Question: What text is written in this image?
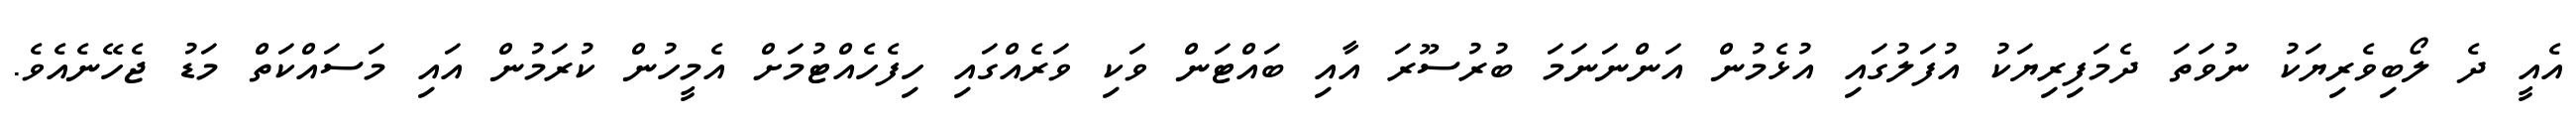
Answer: އެއީ ދެ ލޯބިވެރިޔަކު ނުވަތަ ދެމަފިރިޔަކު އުފަލުގައި އުޅެމުން އަންނަނަމަ ބުރުސޫރަ އާއި ބައްޓަން ވަކި ވަރެއްގައި ހިފެހެއްޓުމަށް އެމީހުން ކުރަމުން އައި މަސައްކަތް މަޑު ޖެހޭނެއެވެ.